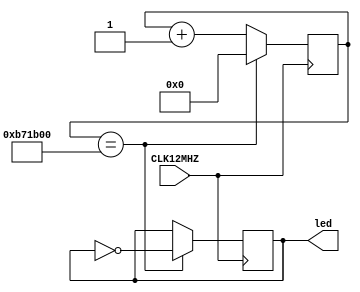
module A_1S(
    output [3:0]led,
    input CLK12MHZ
    );
    
    reg [3:0]led;
    reg [31:0]t;
    
    always@(posedge CLK12MHZ) begin
        t <= t + 1;
        
        if(t == 12000000) begin
            led <= ~led;
            t <= 0;
        end
    end
endmodule